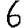
Digit: 6